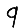
Digit: 9